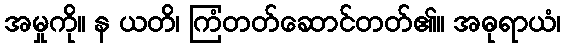
အမှုကို။ န ယတိ၊ ကြံတတ်ဆောင်တတ်၏။ အဓုရာယံ၊